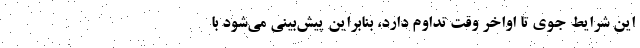
این شرایط جوی تا اواخر وقت تداوم دارد، بنابراین پیش‌بینی می‌شود با